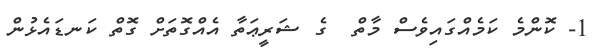
1- ކޮންމެ ކަމެއްގައިވެސް މާތް  ގެ ޝަރީޢަތާ އެއްގޮތަށް ގޮތް ކަނޑައެޅުން